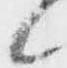
候